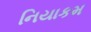
નિયાકમ